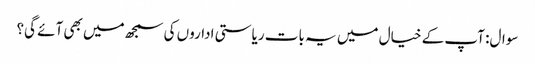
سوال: آپ کے خیال میں یہ بات ریاستی اداروں کی سمجھ میں بھی آئے گی؟